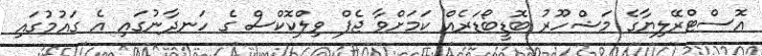
އޮސްޓްރޭލިޔާގެ މަޝްހޫރު ބޮޑީބޯޑަރެއް ކަމަށްވާ ޖެފް ވިލްކޮކްސް ގެ ހަނދާނުގައި އެ ގައުމުގައި